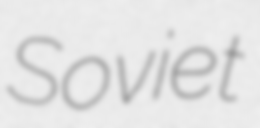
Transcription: Soviet